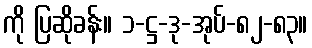
ကို ပြဆိုခန်း။ ၁-ဋ္ဌ-ဒု-အုပ်-၈၂-၈၃။